Vaccination in Burma 1889-1999 - 1889-1999
Year: 1889
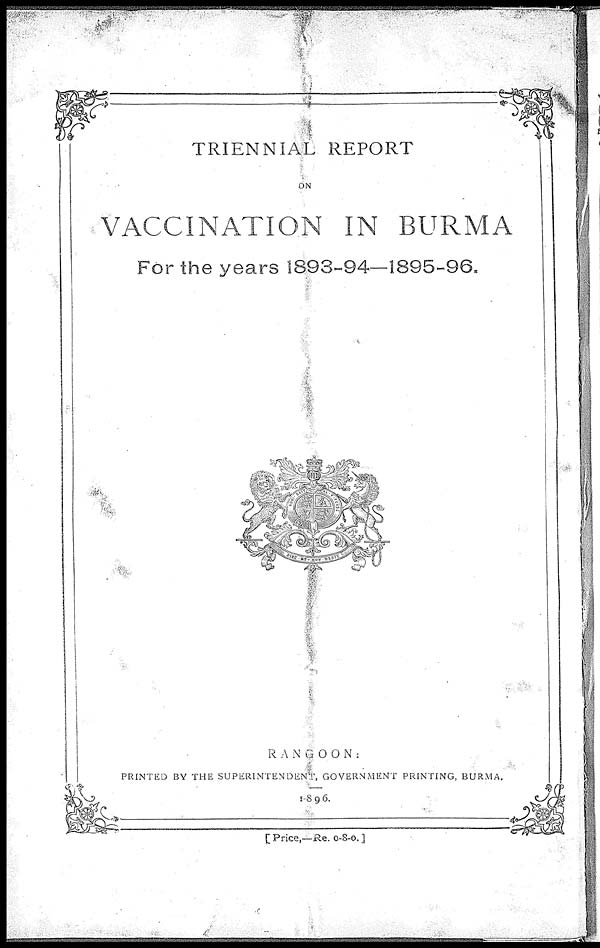
TRIENNIAL REPORT
ON
VACCINATION IN BURMA
For the years 1893-94—1895-96.
RANGOON:
PRINTED BY THE SUPERINTENDENT, GOVERNMENT PRINTING, BURMA.
1896.
[ Price,—Re. 0-8-0. ]